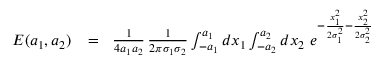
\begin{array} { r l r } { E ( a _ { 1 } , a _ { 2 } ) } & { { } \! = \! } & { { \frac { 1 } { 4 a _ { 1 } a _ { 2 } } } \, { \frac { 1 } { 2 \pi \sigma _ { 1 } \sigma _ { 2 } } } \int _ { - a _ { 1 } } ^ { a _ { 1 } } d x _ { 1 } \int _ { - a _ { 2 } } ^ { a _ { 2 } } d x _ { 2 } \ e ^ { - { \frac { x _ { 1 } ^ { 2 } } { 2 \sigma _ { 1 } ^ { 2 } } } - { \frac { x _ { 2 } ^ { 2 } } { 2 \sigma _ { 2 } ^ { 2 } } } } } \end{array}